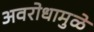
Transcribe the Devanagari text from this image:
अवरोधामुळे